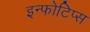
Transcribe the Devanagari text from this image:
इन्फोटिप्स